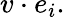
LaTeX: v\cdot e_{i}.